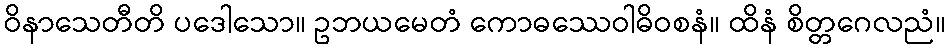
ဝိနာသေတီတိ ပဒေါသော။ ဥဘယမေတံ ကောဓဿေဝါဓိဝစနံ။ ထိနံ စိတ္တဂေလညံ။